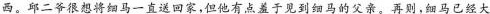
西。邱二爷很想将细马一直送回家，但他有点羞于见到细马的父亲。再则，细马已经大